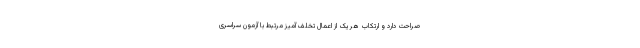
صراحت دارد و ارتکاب هر یک از اعمال تخلف آمیز مرتبط با آزمون سراسری